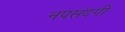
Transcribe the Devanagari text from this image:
नपसंदगी